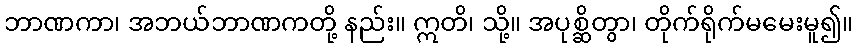
ဘာဏကာ၊ အဘယ်ဘာဏကတို့ နည်း။ ဣတိ၊ သို့။ အပုစ္ဆိတွာ၊ တိုက်ရိုက်မမေးမူ၍။